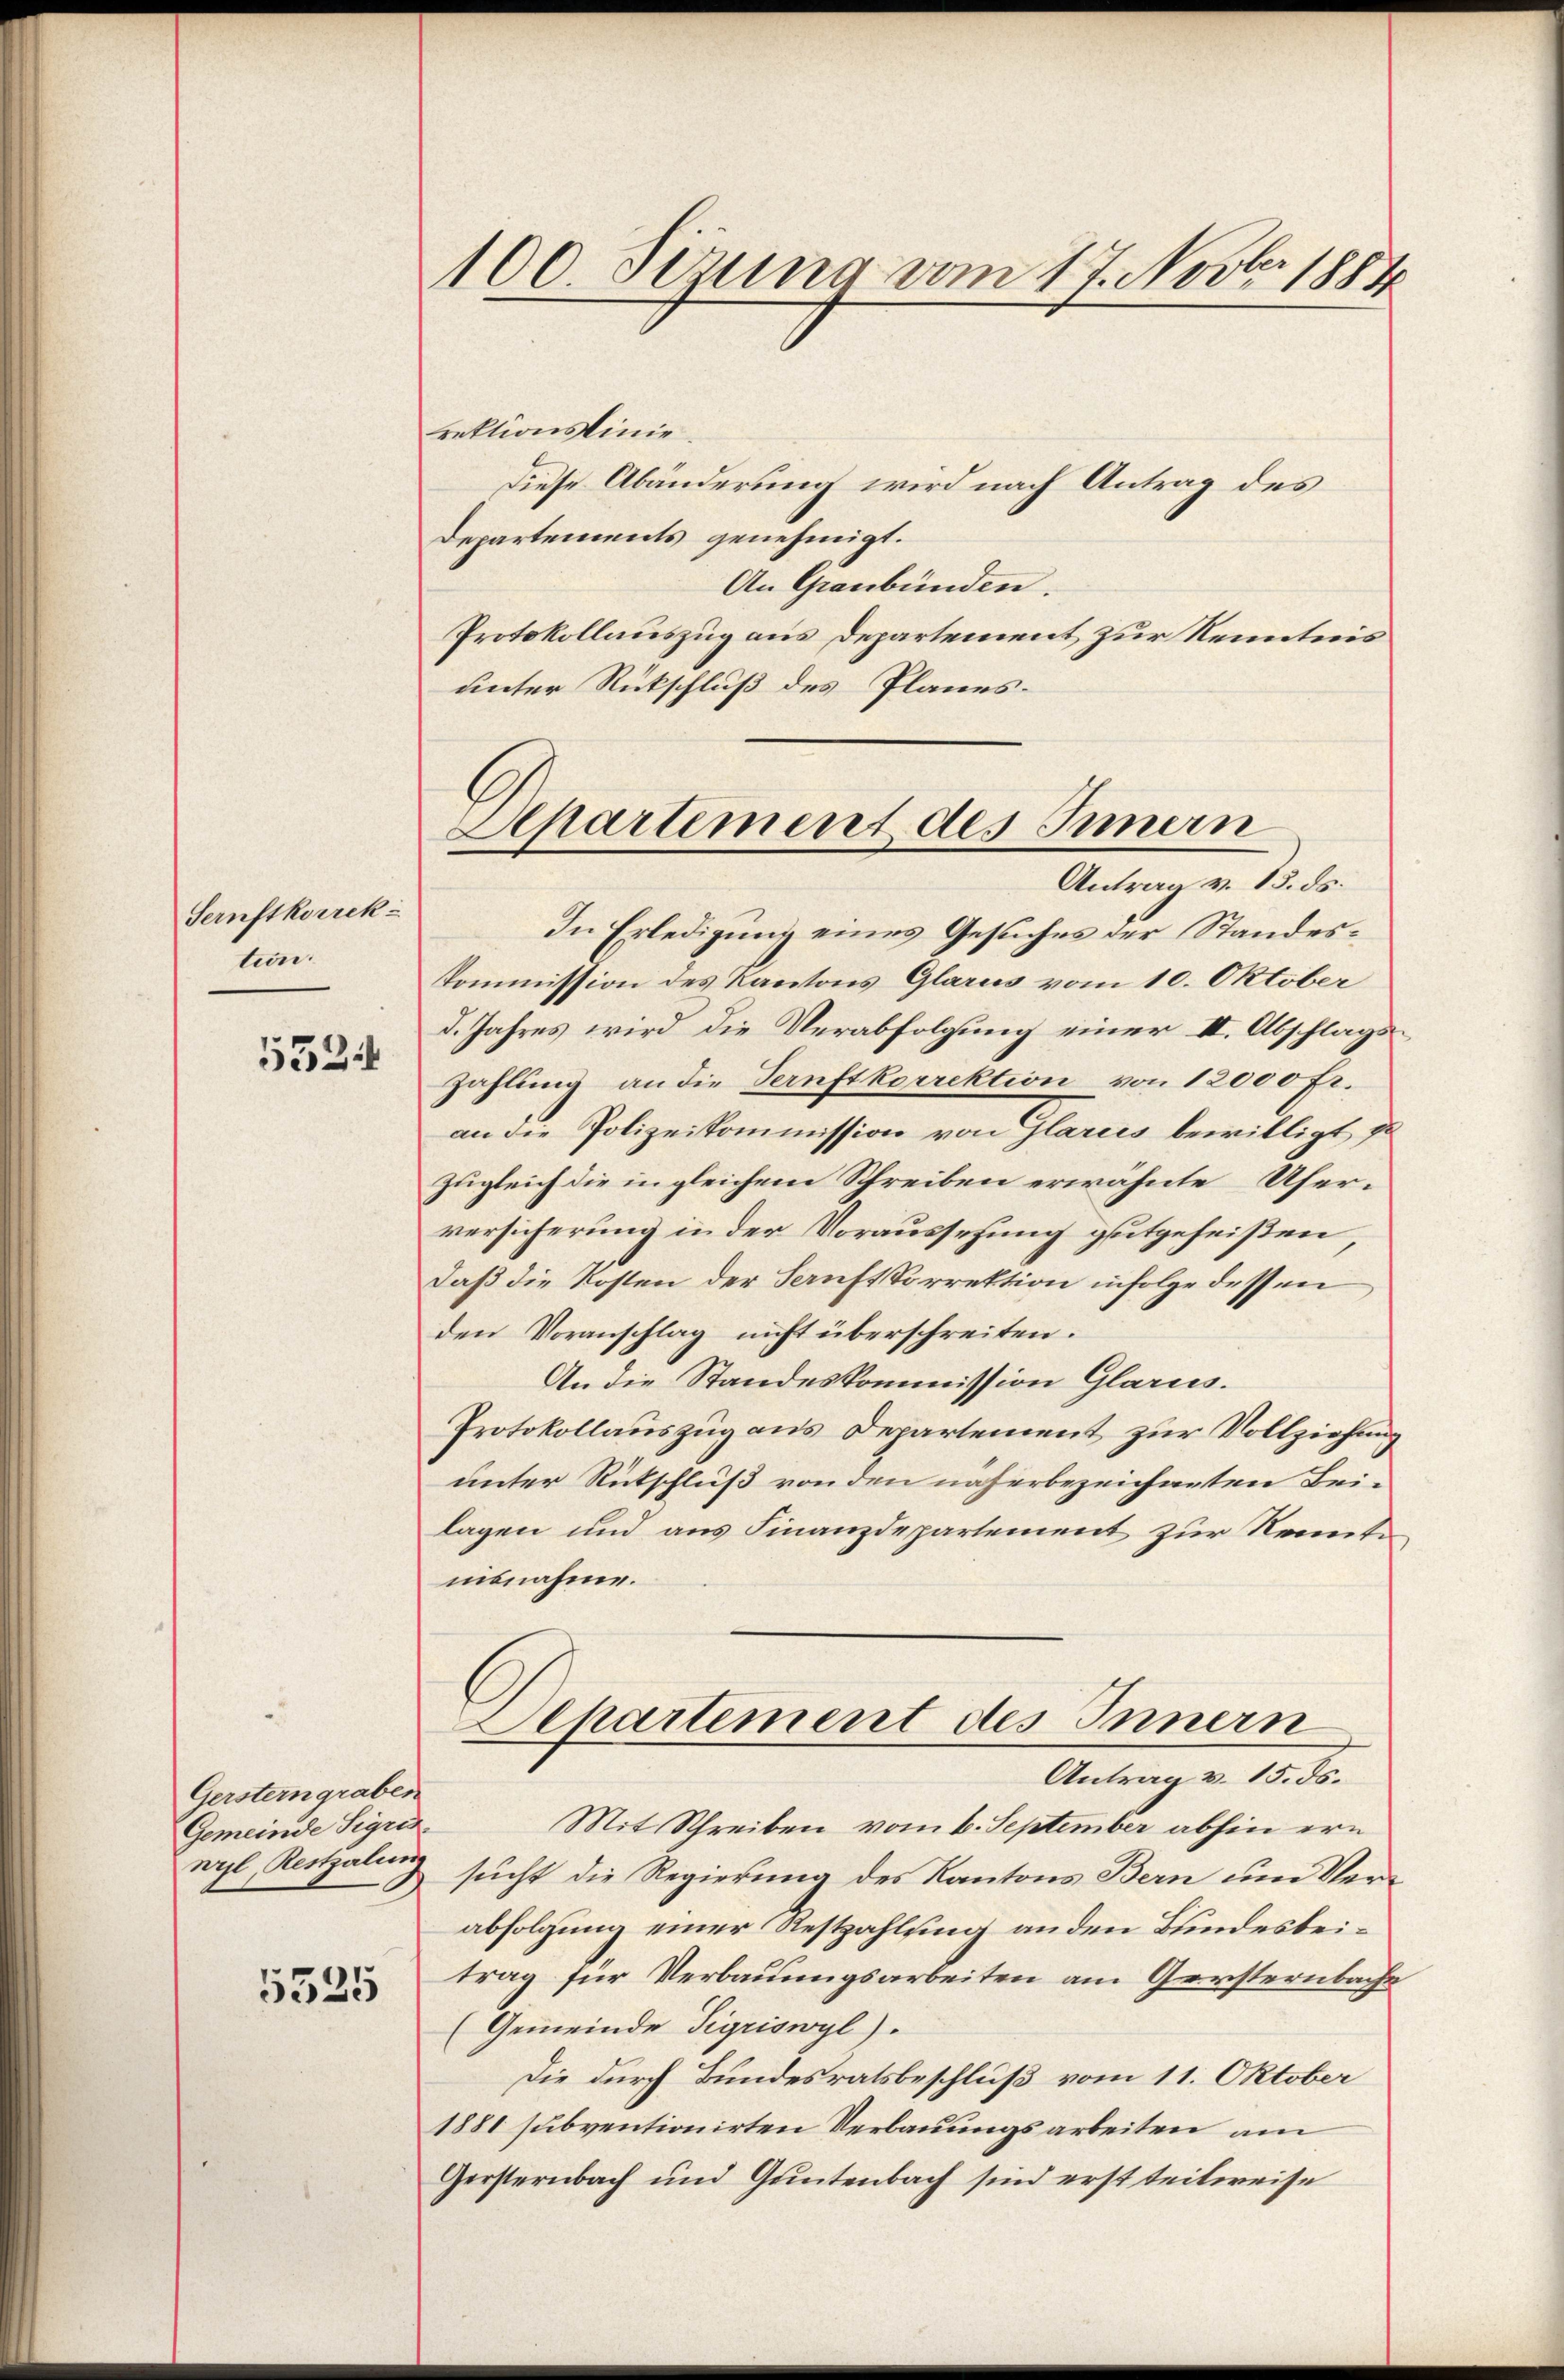
Sernftkorrek-
ten
5524

Gersterngraben
Gemeinde Sigris.
wyl, Restgaling

5535

100 Sizung vom 17. Novbr. 1884

rektionslinie.
Diese Abänderung wird nach Antrag des
Departements genehmigt.
An Graubünden.
Protokollauszug aus Departement zur Kenntnis
unter Rückschluß des Planes.

Separtement des Innern
Antrag v. 13. ds.

In Erledigung eines Gesuches der Standes¬
Kommission des Kantons Glarus vom 10. Oktober
d. Jahres wird die Verabfolgung einer II. Abschlagszahlung an die Ternftkorrektion von 12000 Fr.
an die Polizeikommission von Glarus bewilligt, da
Zugleich die in gleichem Schreiben erwähnte Uferversicherung in der Voraussetzung gutgeheißen
Daß die Kosten der Sanftkorrektion infolge dessen
den Voranschlag nicht überschreiten.
An die Standeskommission Glarus.
Protokollauszug aus Departement zur Vollziehung
unter Rütschluß von den näherbezeichneten Beilagen und aus Finanzdepartement zur Kenntusnahme.
Departement des Innern
Antrag v. 15. ds.
Mit Schreiben vom 6. September abhin ern
sucht die Regierung des Kantons Bern um Verabfolgung einer Restzahlung an den Bundesbeitrag für Verbauungsarbeiten am Gersternbache
(Gemeinde Sigriswyl).
Die durch Bundesratsbeschluß vom 11. Oktober
1881 subventionirten Verbauungsarbeiten am
Gersternbach und Guntenbach sind erst teilweise